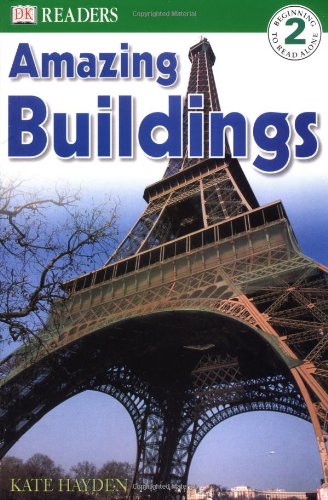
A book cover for Amazing Buildings (DK Readers, Level 2); Kate Hayden; Children's Books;